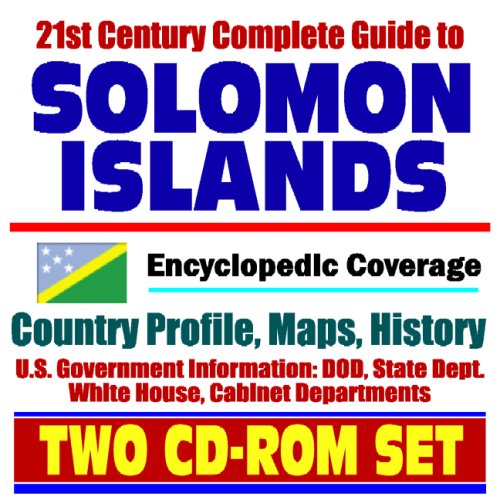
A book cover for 21st Century Complete Guide to Solomon Islands - Encyclopedic Coverage, Country Profile, History, DOD, State Dept., White House, CIA Factbook - Guadalcanal (Two CD-ROM Set); U.S. Government; Travel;